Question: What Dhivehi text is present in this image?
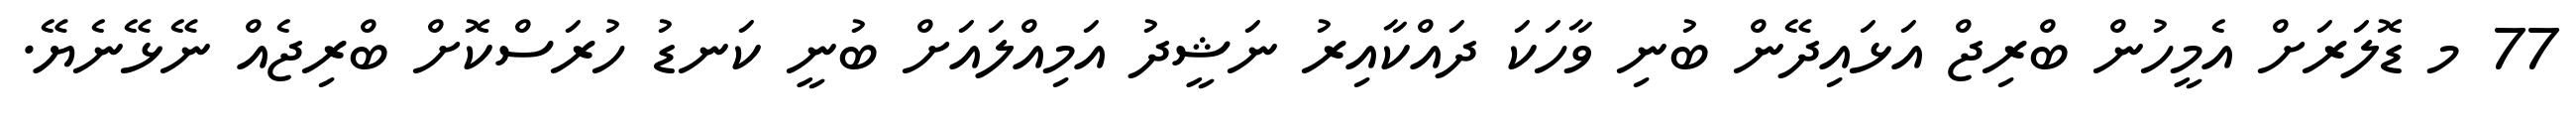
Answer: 77 މ ޑޮލަރަށް އެމީހުން ބްރިޖް އަޅައިދޭން ބުނި ވާހަކަ ދައްކާއިރު ނަޝީދު އަމިއްލައަށް ބުނީ ކަނޑު ހުރަސްކޮށް ބްރިޖެއް ނޭޅޭނެޔޭ.